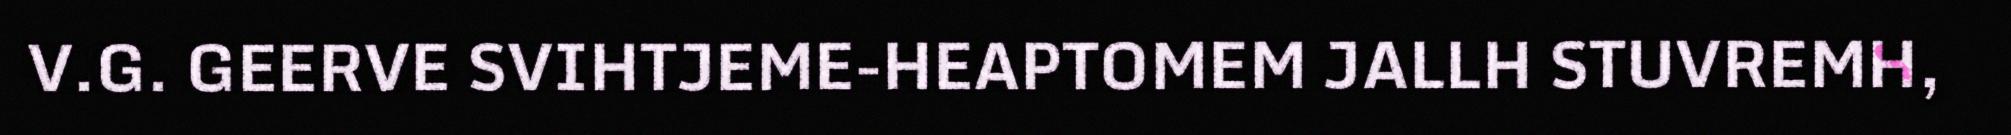
V.G. GEERVE SVIHTJEME-HEAPTOMEM JALLH STUVREMH,